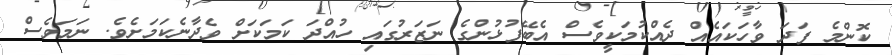
ކޮންމެ ފަދަ ވާހަކައެއް ދެއްކުމަކީވެސް އެބޭފުޅުންގެ ނަޒަރުގައި ހުއްދަ ކަމަކަށް ވެދާނެކަމަށެވެ. ނަމަވެސް